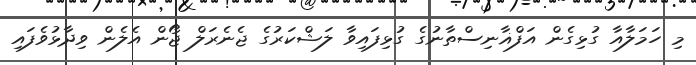
މި ހަމަލާއާ ގުޅިގެން އަފްޣާނިސްތާނުގެ ގުޅިފައިވާ ލަޝްކަރުގެ ޖެނެރަލް ޖޯން އެލެން ވިދާޅުވެފައި